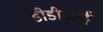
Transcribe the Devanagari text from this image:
डीडीआई